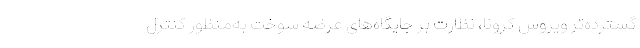
گسترده‌تر ویروس کرونا، نظارت بر جایگاه‌های عرضه سوخت به‌منظور کنترل